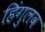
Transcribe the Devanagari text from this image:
हिंगुलव